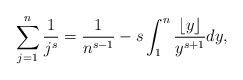
\begin{align*}\sum_{j=1}^{n}\frac{1}{j^s}=\frac{1}{n^{s-1}}-s\int_{1}^{n}\frac{\lfloor{y}\rfloor}{y^{s+1}}dy,\end{align*}